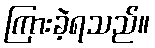
ကြားခဲ့ရသည်။